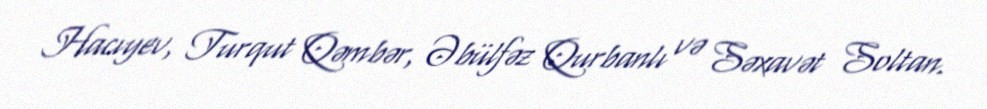
Hacıyev, Turqut Qəmbər, Əbülfəz Qurbanlı və Səxavət Soltan.